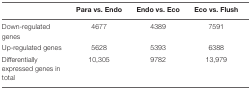
<table><thead><tr><td></td><td><b>Para vs. Endo</b></td><td><b>Endo vs. Eco</b></td><td><b>Eco vs. Flush</b></td></tr></thead><tbody><tr><td>Down-regulated genes</td><td>4677</td><td>4389</td><td>7591</td></tr><tr><td>Up-regulated genes</td><td>5628</td><td>5393</td><td>6388</td></tr><tr><td>Differentially expressed genes in total</td><td>10,305</td><td>9782</td><td>13,979</td></tr></tbody></table>